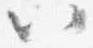
以